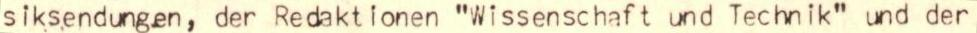
siksendungen, der Redaktionen "Wissenschaft und Technik" und der